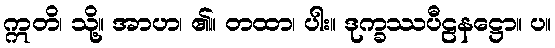
ဣတိ၊ သို့။ အာဟ၊ ၏။ တထာ၊ ပါး။ ဒုက္ခဿပီဠနဋ္ဌော။ ပ။